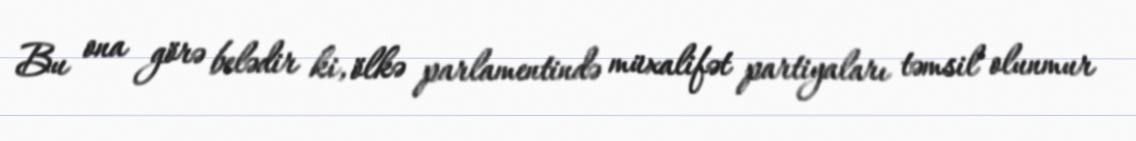
Bu ona görə belədir ki, ölkə parlamentində müxalifət partiyaları təmsil olunmur